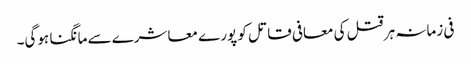
فی زمانہ ہر قتل کی معافی قاتل کو پورے معاشرے سے مانگنا ہوگی۔